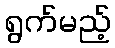
ရွက်မည့်